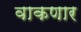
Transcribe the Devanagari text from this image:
वाकणार